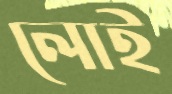
লোই